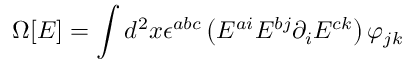
\Omega [ E ] = \int d ^ { 2 } x \epsilon ^ { a b c } \left( E ^ { a i } E ^ { b j } \partial _ { i } E ^ { c k } \right) \varphi _ { j k }